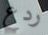
ردع